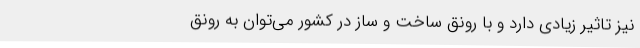
نیز تاثیر زیادی دارد و با رونق ساخت و ساز در کشور می‌توان به رونق